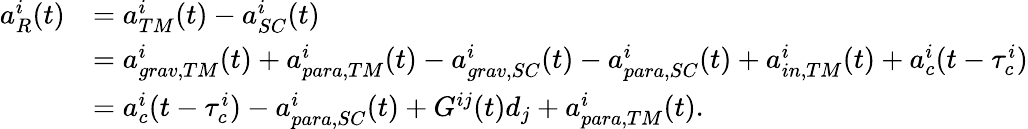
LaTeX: \begin{array}{rl}{a_{R}^{i}(t)}&{=a_{TM}^{i}(t)-a_{SC}^{i}(t)}\\ &{=a_{grav,TM}^{i}(t)+a_{para,TM}^{i}(t)-a_{grav,SC}^{i}(t)-a_{para,SC}^{i}(t)+a_{in,TM}^{i}(t)+a_{c}^{i}(t-\tau_{c}^{i})}\\ &{=a_{c}^{i}(t-\tau_{c}^{i})-a_{para,SC}^{i}(t)+G^{ij}(t)d_{j}+a_{para,TM}^{i}(t).}\end{array}